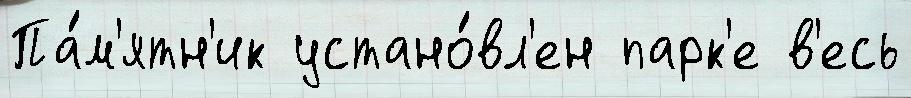
Па́м'ятн'ик устано́вл'ен парк'е в'есь